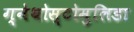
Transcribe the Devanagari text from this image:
ग्नेथोस्टोमुलिडा